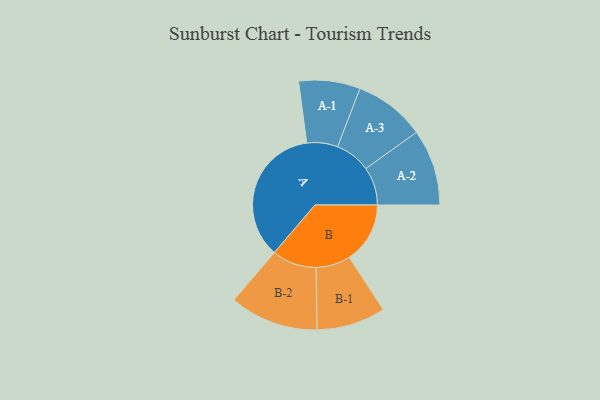
{"axis": {"x": "Segment", "y": "Value"}, "legend": ["", "A", "B"], "data": [{"x": "A", "y": 492, "type": ""}, {"x": "B", "y": 212, "type": ""}, {"x": "A-1", "y": 107, "type": "A"}, {"x": "A-2", "y": 133, "type": "A"}, {"x": "A-3", "y": 124, "type": "A"}, {"x": "B-1", "y": 120, "type": "B"}, {"x": "B-2", "y": 155, "type": "B"}]}